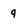
Character: 9